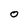
Character: 0